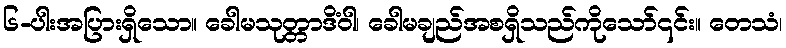
၆-ပါးအပြားရှိသော။ ခေါမသုတ္တာဒိံဝါ၊ ခေါမချည်အစရှိသည်ကိုသော်၎င်း။ တေသံ၊